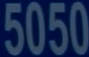
5050